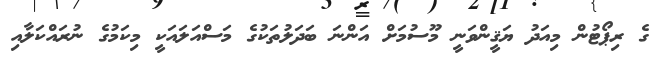
ގެ ރިޕޯޓުން މިއަދު ޔަޤީންވަނީ މޫސުމަށް އަންނަ ބަދަލުތަކުގެ މަސްއަލައަކީ މިކަމުގެ ނުރައްކަލާއި